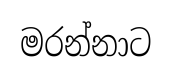
මරන්නාට